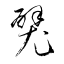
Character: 襞